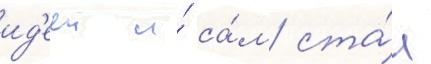
ид'ееи и́ са́м ста́л